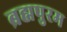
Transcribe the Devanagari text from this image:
ब्रह्मपुरम